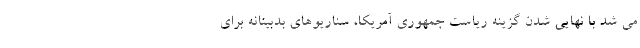
می شد با نهایی شدن گزینه ریاست جمهوری آمریکا، سناریوهای بدبینانه برای